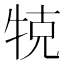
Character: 𤙥